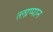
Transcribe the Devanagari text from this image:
त्लाप्पान